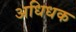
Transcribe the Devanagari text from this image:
अधिधक